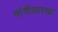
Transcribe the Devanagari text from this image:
नांगीसारखा